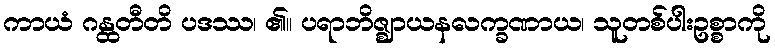
ကာယံ ဂန္ထတီတိ ပဒဿ၊ ၏။ ပရာဘိဇ္ဈာယနလက္ခဏာယ၊ သူတစ်ပါးဥစ္စာကို